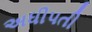
અધીપતી